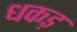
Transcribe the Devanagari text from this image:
धकड़